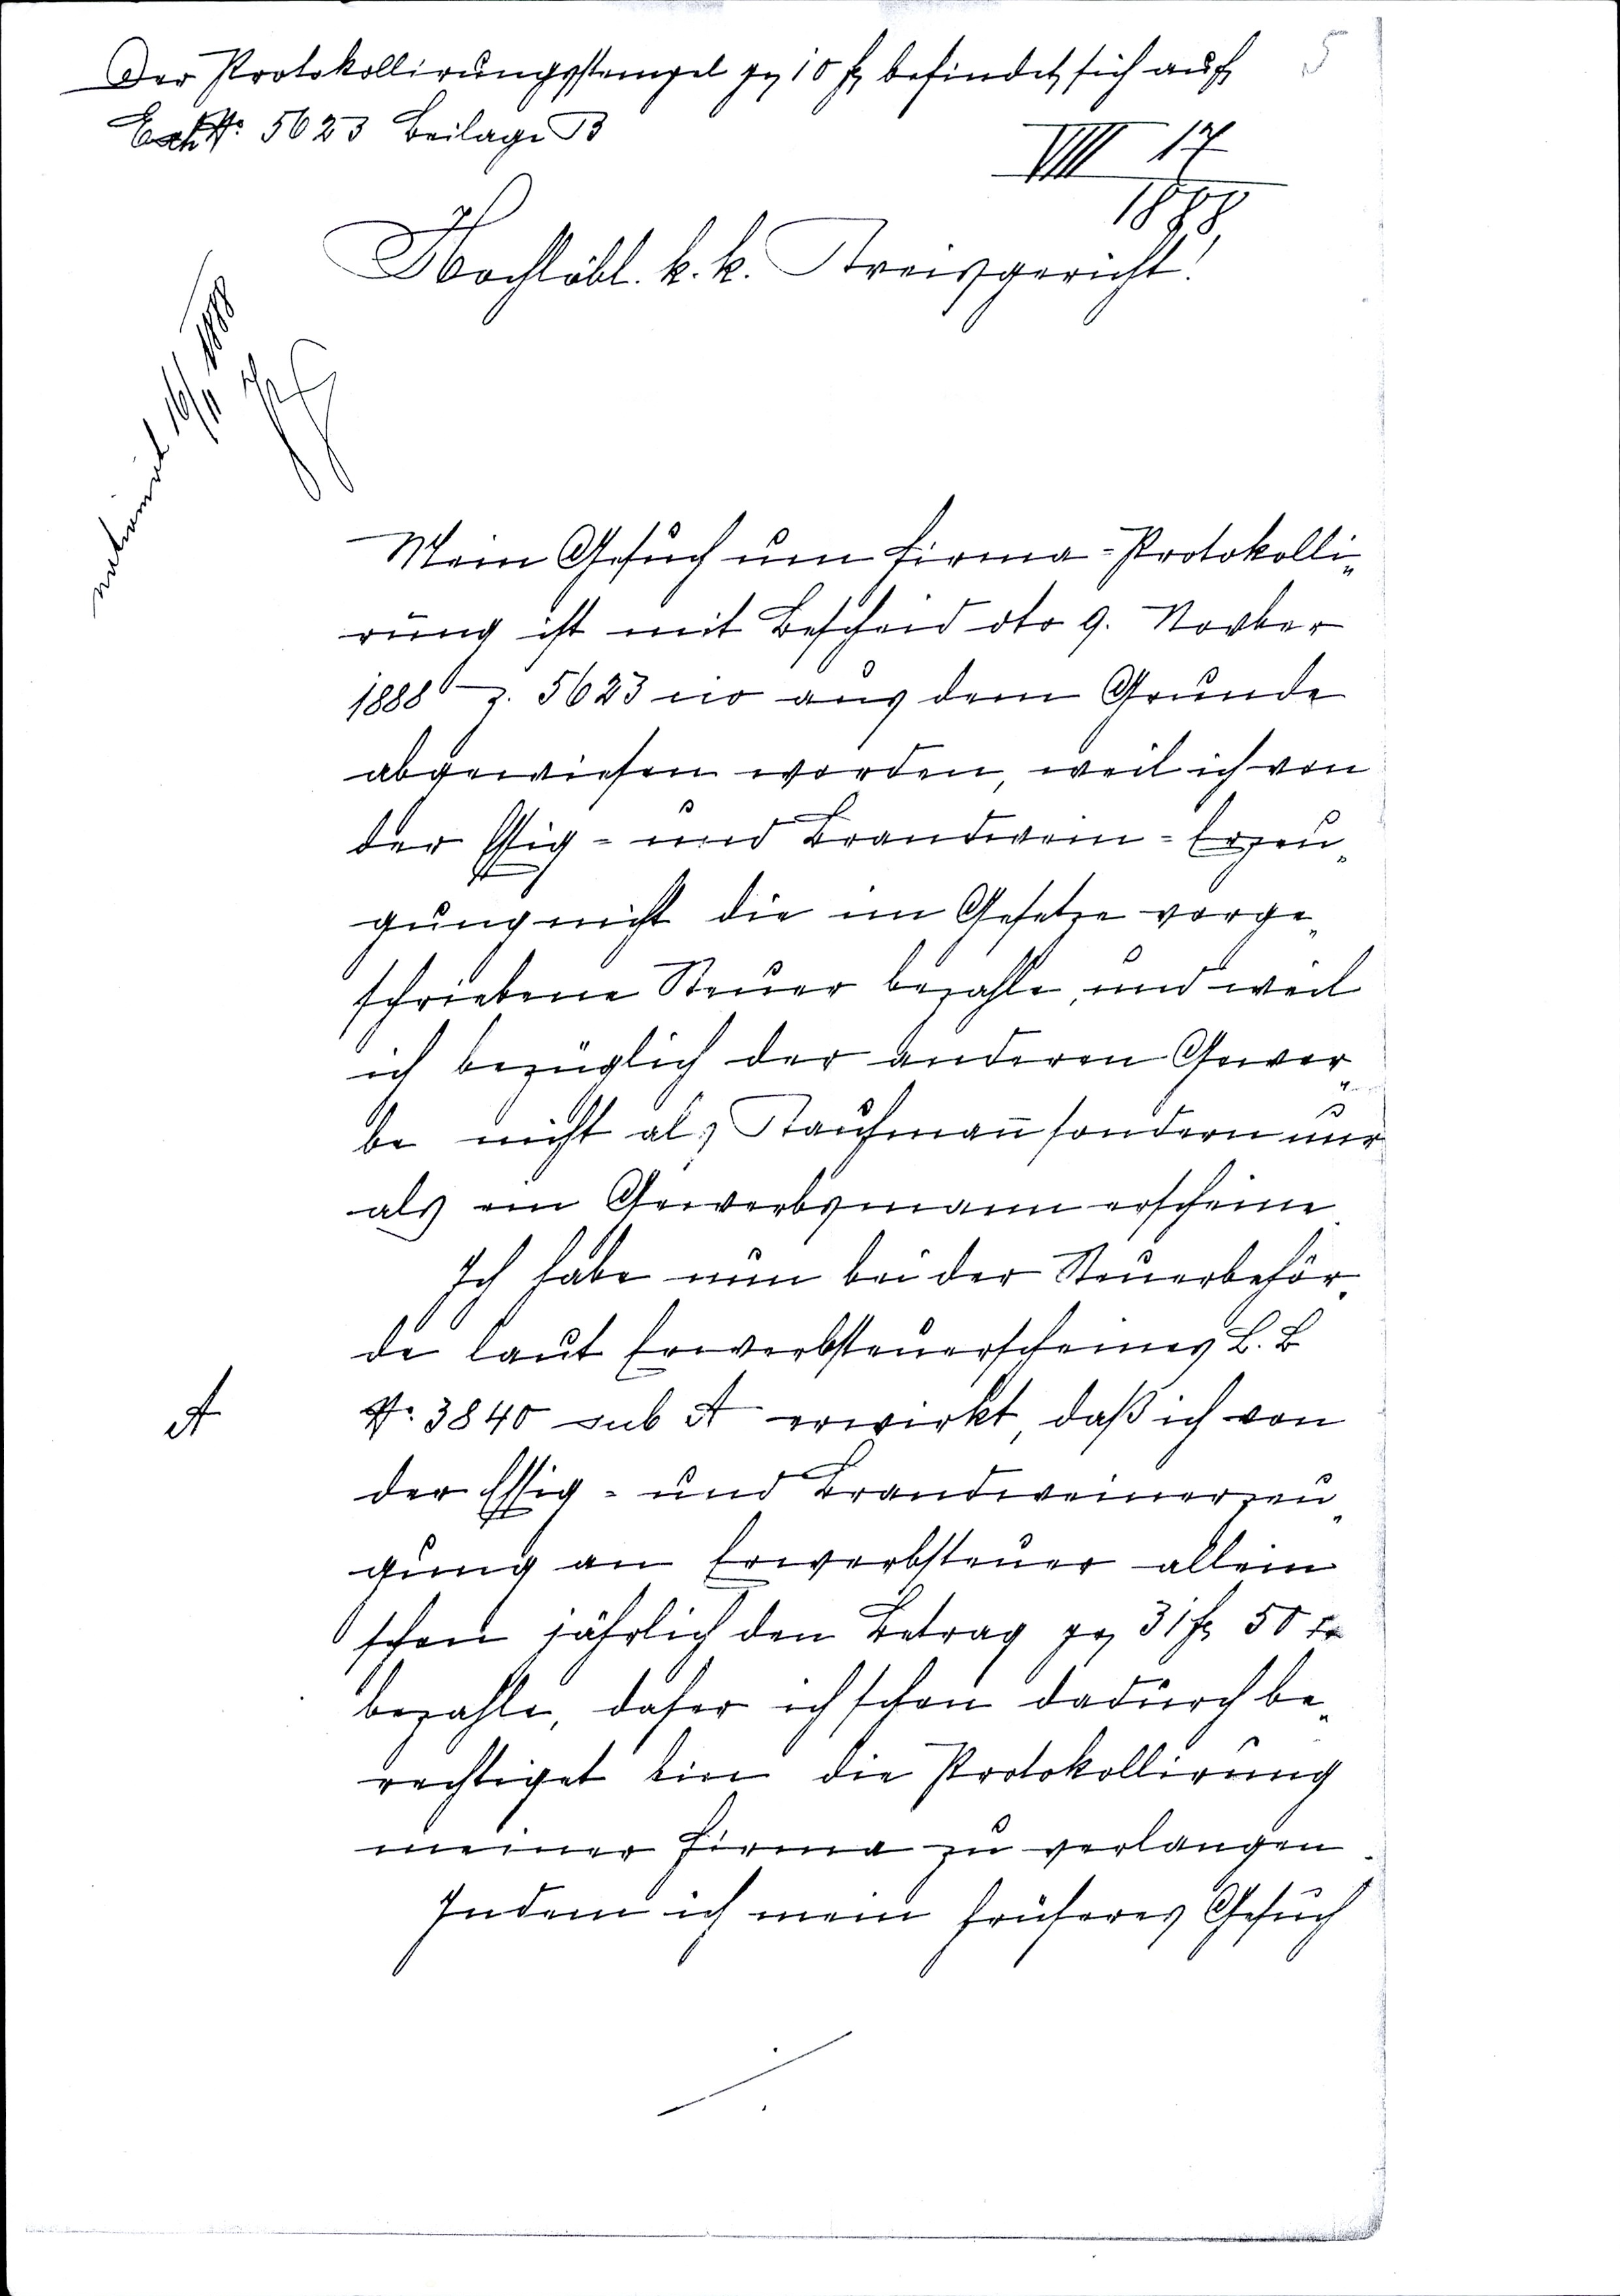
Der Protokollierungsstempel pr 10 f befindet sich auf 5
Esch № 5623 Beilage B
VIII 17
1888
Hochlöbl. k.k. Kreisgericht!
nationirt 16/11 1888
JG
Mein Gesuch um Firma=Protokolli¬
rung ist mit Bescheid dto 9. Novber
1888 Z. 5623 cio aus dem Grunde
abgewiesen worden, weil ich von
der Essig = und Brandwein = Erzeu¬
gung nicht die im Gesetze vorge¬
schriebene Steuer bezahle, und weil
ich bezüglich der anderen Gewer¬
be nicht als Kaufmann sondern nur
als ein Gewerbsmann erscheine.
Ich habe nun bei der Steuerbehör¬
de laut Erwerbsteuerscheines L.B
A № 3840 sub A erwirkt, daß ich von
der Essig = und Brandweinerzeu¬
gung an Erwerbsteuer allein
schon jährlich den Betrag pr 31 f 50 xr
bezahle, daher ich schon dadurch be¬
rechtiget bin die Protokollirung
meiner Firma zu verlangen.
Indem ich mein früheres Gesuch
÷